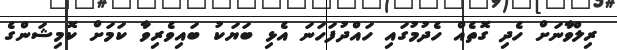
ރިލްވާނަށް ހެދި ގޮތެއް ހެދުމުގައި ހައްދުފަހަނަ އެޅި ބަޔަކު ބައިވެރިވާ ކަމަށް ކޮމިޝަންގެ